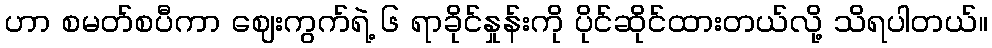
ဟာ စမတ်စပီကာ ဈေးကွက်ရဲ့ ၆ ရာခိုင်နှုန်းကို ပိုင်ဆိုင်ထားတယ်လို့ သိရပါတယ်။